Burma Government Medical School reports 1923-41
Year: 1923
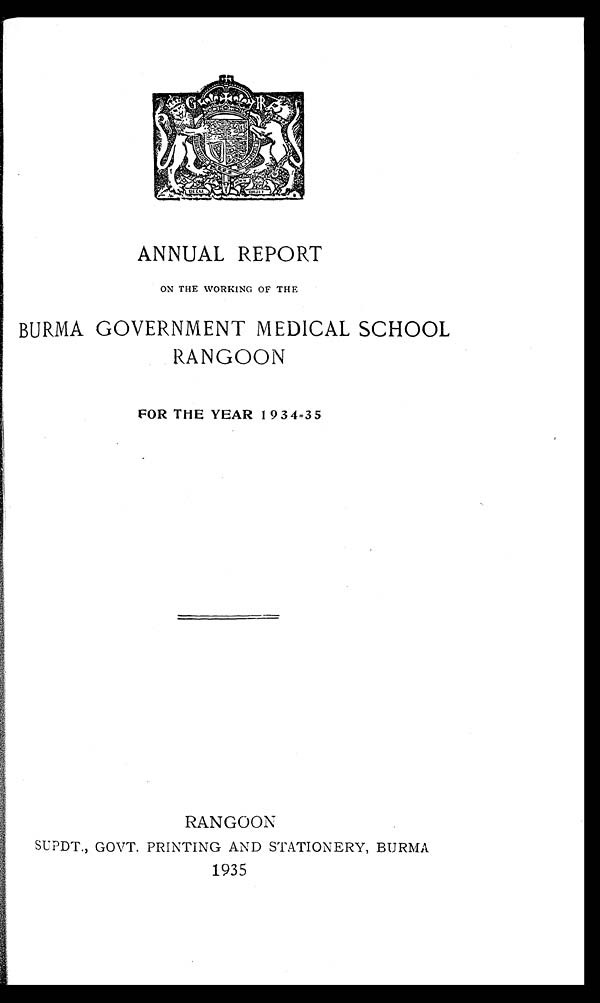
ANNUAL REPORT
ON THE WORKING OF THE
BURMA GOVERNMENT MEDICAL SCHOOL
RANGOON
FOR THE YEAR 1934=35
RANGOON
SUPDT., GOVT. PRINTING AND STATIONERY, BURMA
1935